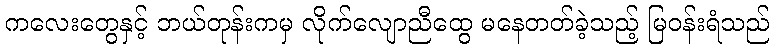
ကလေးတွေနှင့် ဘယ်တုန်းကမှ လိုက်လျောညီထွေ မနေတတ်ခဲ့သည့် မြဝန်းရံသည်